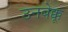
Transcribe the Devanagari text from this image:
उनबेक्कू